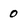
Character: 0